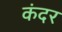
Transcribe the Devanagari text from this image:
कंदर